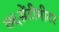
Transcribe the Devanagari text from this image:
७६सेंटीमीटर